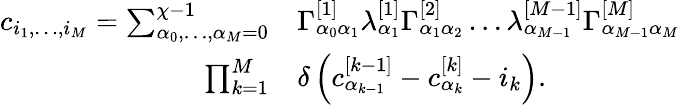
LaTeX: \begin{array}{rl}{c_{i_{1},\dots,i_{M}}=\sum_{\alpha_{0},\dots,\alpha_{M}=0}^{\chi-1}}&{{}\Gamma_{\alpha_{0}\alpha_{1}}^{[1]}\lambda_{\alpha_{1}}^{[1]}\Gamma_{\alpha_{1}\alpha_{2}}^{[2]}\dots\lambda_{\alpha_{M-1}}^{[M-1]}\Gamma_{\alpha_{M-1}\alpha_{M}}^{[M]}}\\ {\prod_{k=1}^{M}}&{{}\delta\left(c_{\alpha_{k-1}}^{[k-1]}-c_{\alpha_{k}}^{[k]}-i_{k}\right).}\end{array}